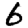
Digit: 6